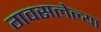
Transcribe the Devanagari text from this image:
गवसलेल्या